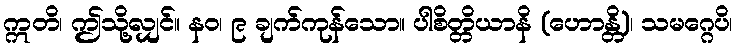
ဣတိ၊ ဤသို့လျှင်။ နဝ၊ ၉ ချက်ကုန်သော။ ပါစိတ္တိယာနိ (ဟောန္တိ)၊ သမဂ္ဂေပိ၊